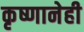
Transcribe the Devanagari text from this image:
कृष्णानेही